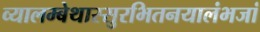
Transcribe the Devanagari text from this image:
व्यालम्बेथास्सुरभितनयालंभजां